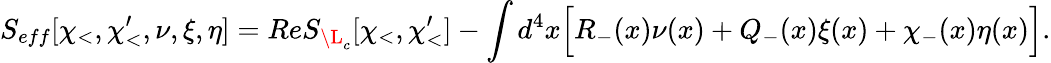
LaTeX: S_{eff}[\chi_{<},\chi_{<}^{\prime},\nu,\xi,\eta]=ReS_{\L_{c}}[\chi_{<},\chi_{<}^{\prime}]-\int d^{4}x\Big[R_{-}(x)\nu(x)+Q_{-}(x)\xi(x)+\chi_{-}(x)\eta(x)\Big].